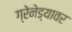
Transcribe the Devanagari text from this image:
ग्रेनेड्यावर